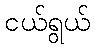
ငယ်ရွယ်